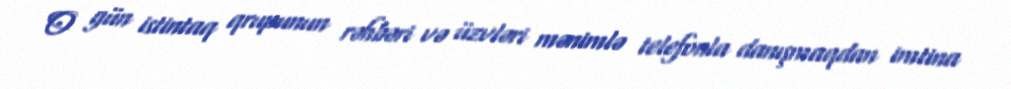
O gün istintaq qrupunun rəhbəri və üzvləri mənimlə telefonla danışmaqdan imtina